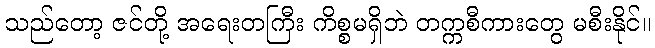
သည်တော့ ဇင်တို့ အရေးတကြီး ကိစ္စမရှိဘဲ တက္ကစီကားတွေ မစီးနိုင်။